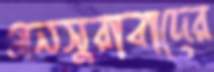
মনসুরাবাদের